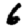
Digit: 6